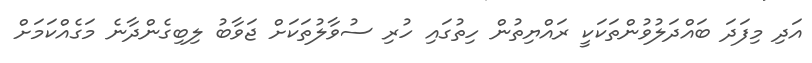
އަދި މިފަދަ ބައްދަލުވުންތަކަކީ ރައްޔިތުން ހިތުގައި ހުރި ސުވާލުތަކަށް ޖަވާބު ލިބިގެންދާނެ މަގެއްކަމަށް